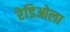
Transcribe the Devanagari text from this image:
रेडिओला